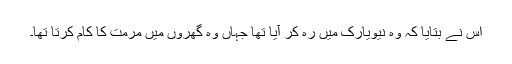
اس نے بتایا کہ وہ نیویارک میں رہ کر آیا تھا جہاں وہ گھروں میں مرمت کا کام کرتا تھا۔